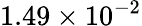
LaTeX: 1.49\times 10^{-2}